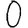
Digit: 0